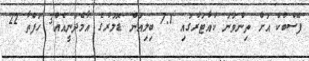
ފޭސްބުކް އަށް ތިންވަނަ ކުއާޓަރުގައި 7.1 ބިލިއަން ޑޮލަރުގެ އާމްދަނީއެއް3 ހަފްތާ 22